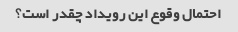
احتمال وقوع این رویداد چقدر است؟